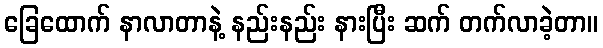
ခြေထောက် နာလာတာနဲ့ နည်းနည်း နားပြီး ဆက် တက်လာခဲ့တာ။